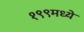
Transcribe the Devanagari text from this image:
१९९मध्ये